Papaver somniferum - Opium : an extract from the sixth volume of the Dictionary of Economic Products of India
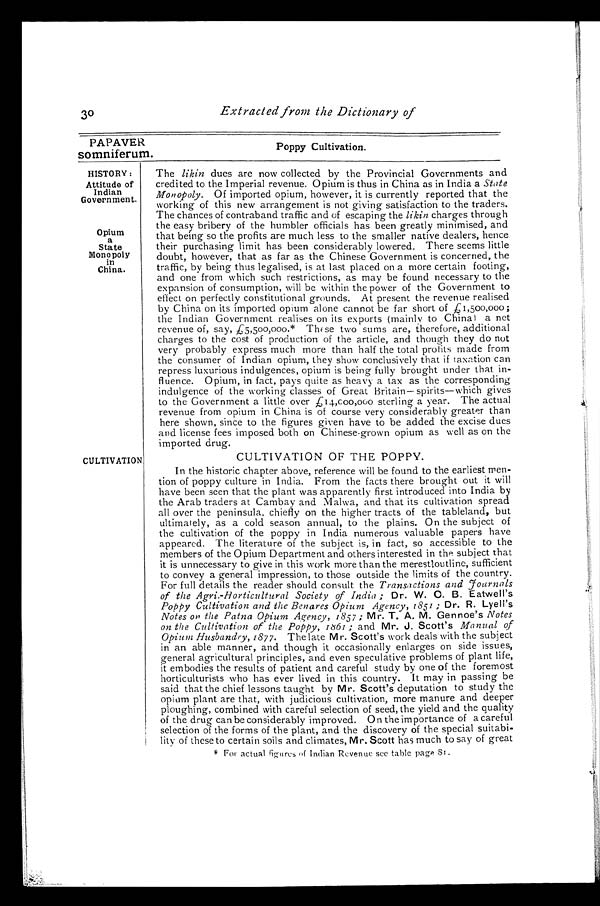
Extracted from the Dictionary of
PAPAVER
somniferum.
The liking dues are now collected by the Provincial Governments and
credited to the Imperial revenue. Opium is thus in China as in India a State
Monopoly. Of imported opium, however, it is currently reported that the
working of this new arrangement is not giving satisfaction to the traders.
The chances of contraband traffic and of escaping the likin charges through
the easy bribery of the humbler officials has been greatly minimised, and
that being so the profits are much less to the smaller native dealers, hence
their purchasing limit has been considerably lowered. There seems little
doubt, however, that as far as the Chinese Government is concerned, the
traffic, by being thus legalised, is at last placed on a more certain footing,
and one from which such restrictions, as may be found necessary to the
expansion of consumption, will be within the power of the Government to
effect on perfectly constitutional grounds. At present the revenue realised
by China on its imported opium alone cannot be far short of £1,500,000;
the Indian Government realises on its exports (mainly to China) a net
revenue of, say, £5,500,000.* These two sums are, therefore, additional
charges to the cost of production of the article, and though they do not
very probably express much more than half the total profits made from
the consumer of Indian opium, they show conclusively that if taxation can
repress luxurious indulgences, opium is being fully brought under that in-
fluence. Opium, in fact, pays quite as heavy a tax as the corresponding
indulgence of the working classes of Great Britain— spirits—which gives
to the Government a little over £14,000,000 sterling a year. The actual
revenue from opium in China is of course very considerably greater than
here shown, since to the figures given have to be added the excise dues
and license fees imposed both on Chinese-grown opium as well as on the
imported drug.
30
Poppy Cultivation.
HISTORY
: Attitude of
Indian
Government.
Opium
a
State
Monopoly
in
China.
CULTIVATION
CULTIVATION OF THE POPPY.
In the historic chapter above, reference will be found to the earliest men-
tion of poppy culture in India. From the facts there brought out it will
have been seen that the plant was apparently first introduced into India by
the Arab traders at Cambay and Malwa, and that its cultivation spread
all over the peninsula, chiefly on the higher tracts of the tableland, but
ultimately, as a cold season annual, to the plains. On the subject of
the cultivation of the poppy in India numerous valuable papers have
appeared. The literature of the subject is, in fact, so accessible to the
members of the Opium Department and others interested in the subject that
it is unnecessary to give in this work more than the merest outline, sufficient
to convey a general impression, to those outside the limits of the country.
For full details the reader should consult the Transactions and Journals
of the Agri.-Horticultural Society of India ; Dr. W. C. B. Eatwell's
Poppy Cultivation and the Benares Opium Agency, 1851 ; Dr. R. Lyell's
Notes on the Patna Opium Agency, 1857 ; Mr. T. A. M. Gennoe's Notes
on the Cultivation of the Poppy, 1861 ; and Mr. J. Scott's Manual of
Opium Husbandry, 1877. The late Mr. Scott's work deals with the subject
in an able manner, and though it occasionally enlarges on side issues,
general agricultural principles, and even speculative problems of plant life,
it embodies the results of patient and careful study by one of the foremost
horticulturists who has ever lived in this country. It may in passing be
said that the chief lessons taught by Mr. Scott's deputation to study the
opium plant are that, with judicious cultivation, more manure and deeper
ploughing, combined with careful selection of seed, the yield and the quality
of the drug can be considerably improved. On the importance of a careful
selection of the forms of the plant, and the discovery of the special suitabi-
lity of these to certain soils and climates, Mr. Scott has much to say of great
* For actual figures 0f Indian Revenue see table page St.